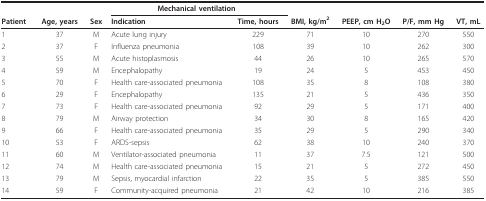
<table><thead><tr><td></td><td></td><td></td><td colspan="2"><b>Mechanical ventilation</b></td><td></td><td></td><td></td><td></td></tr><tr><td><b>Patient</b></td><td><b>Age, years</b></td><td><b>Sex</b></td><td><b>Indication</b></td><td><b>Time, hours</b></td><td><b>BMI, kg/m<sup>2</sup></b></td><td><b>PEEP, cm H<sub>2</sub>O</b></td><td><b>P/F, mm Hg</b></td><td><b>VT, mL</b></td></tr></thead><tbody><tr><td>1</td><td>37</td><td>M</td><td>Acute lung injury</td><td>229</td><td>71</td><td>10</td><td>270</td><td>550</td></tr><tr><td>2</td><td>37</td><td>F</td><td>Influenza pneumonia</td><td>108</td><td>39</td><td>10</td><td>262</td><td>300</td></tr><tr><td>3</td><td>55</td><td>M</td><td>Acute histoplasmosis</td><td>44</td><td>26</td><td>10</td><td>265</td><td>570</td></tr><tr><td>4</td><td>59</td><td>M</td><td>Encephalopathy</td><td>19</td><td>24</td><td>5</td><td>453</td><td>450</td></tr><tr><td>5</td><td>70</td><td>F</td><td>Health care-associated pneumonia</td><td>108</td><td>35</td><td>8</td><td>108</td><td>380</td></tr><tr><td>6</td><td>29</td><td>F</td><td>Encephalopathy</td><td>135</td><td>21</td><td>5</td><td>436</td><td>350</td></tr><tr><td>7</td><td>73</td><td>F</td><td>Health care-associated pneumonia</td><td>92</td><td>29</td><td>5</td><td>171</td><td>400</td></tr><tr><td>8</td><td>79</td><td>M</td><td>Airway protection</td><td>34</td><td>30</td><td>8</td><td>165</td><td>420</td></tr><tr><td>9</td><td>66</td><td>F</td><td>Health care-associated pneumonia</td><td>35</td><td>29</td><td>5</td><td>290</td><td>340</td></tr><tr><td>10</td><td>53</td><td>F</td><td>ARDS-sepsis</td><td>62</td><td>38</td><td>10</td><td>240</td><td>370</td></tr><tr><td>11</td><td>60</td><td>M</td><td>Ventilator-associated pneumonia</td><td>11</td><td>37</td><td>7.5</td><td>121</td><td>500</td></tr><tr><td>12</td><td>74</td><td>M</td><td>Health care-associated pneumonia</td><td>15</td><td>21</td><td>5</td><td>272</td><td>450</td></tr><tr><td>13</td><td>79</td><td>M</td><td>Sepsis, myocardial infarction</td><td>22</td><td>35</td><td>5</td><td>385</td><td>550</td></tr><tr><td>14</td><td>59</td><td>F</td><td>Community-acquired pneumonia</td><td>21</td><td>42</td><td>10</td><td>216</td><td>385</td></tr></tbody></table>